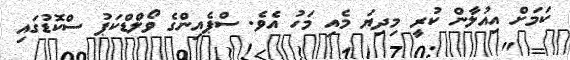
ކަމަށް އިއުލާން ކުރީ މިދިޔަ މެއި މަހު އެވެ. ސްޕެއިންގެ ވޯލްޑްކަޕު ސްކޮޑުގައި